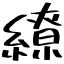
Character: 繚